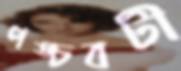
পঙ্চবটী